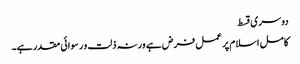
دوسری قسط
کامل اسلام پر عمل فرض ہے ورنہ ذلت و رسوائی مقدر ہے۔